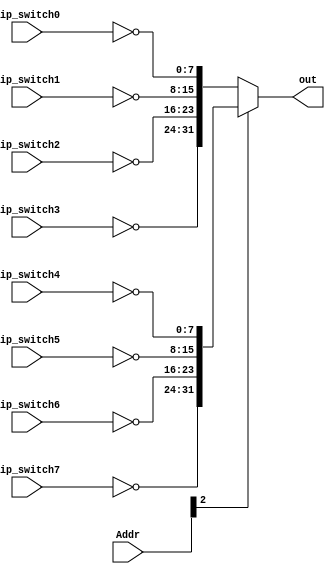
module DipSwitch(
    //input
    input [31:0] Addr,
    input [7:0] dip_switch0,
    input [7:0] dip_switch1,
    input [7:0] dip_switch2,
    input [7:0] dip_switch3,
    input [7:0] dip_switch4,
    input [7:0] dip_switch5,
    input [7:0] dip_switch6,
    input [7:0] dip_switch7,
    //output
    output [31:0] out
);

assign out = (Addr[2] == 1'b0) ? {~dip_switch3,~dip_switch2,~dip_switch1,~dip_switch0} :
             {~dip_switch7,~dip_switch6,~dip_switch5,~dip_switch4} ;

endmodule